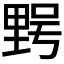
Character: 𮡔